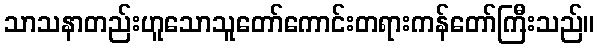
သာသနာတည်းဟူသောသူတော်ကောင်းတရားကန်တော်ကြီးသည်။